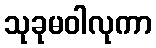
သုခုမဝါလုကာ